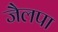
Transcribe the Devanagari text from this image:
जैलपा